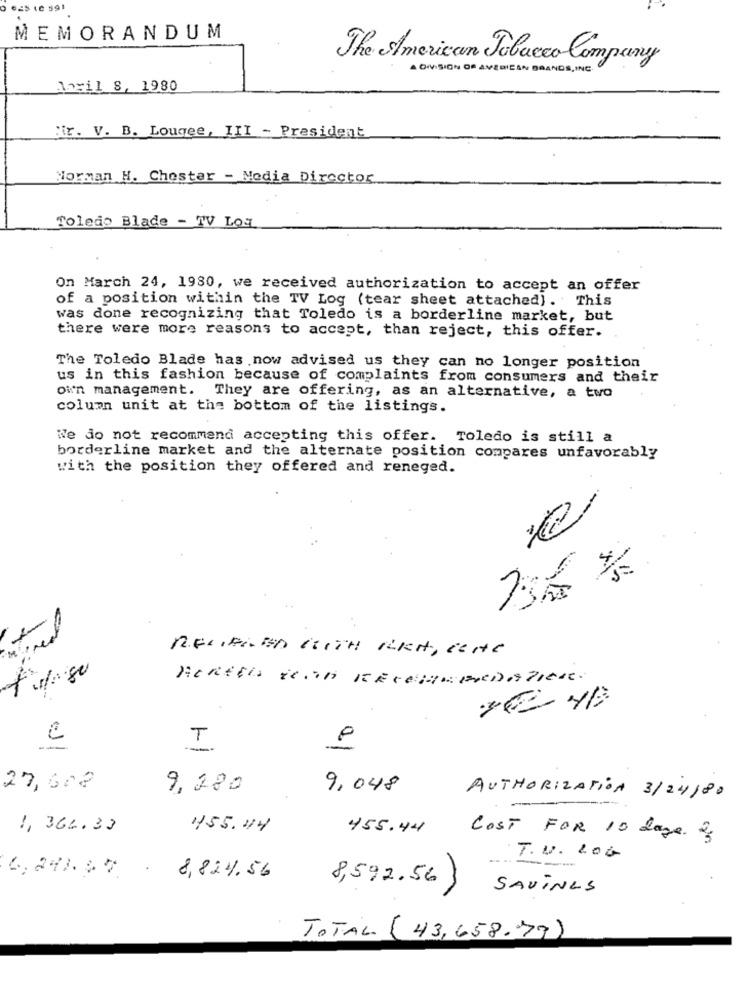
€25 10 391
MEMORANDUM
The American Tobacco Company
A DIVISION OF AVERICAN BRANDS, INC.
Angil S, 1980
"ir. V. B. Lougee, III - President
Norman H. Chester - Media Director
Toledo Blade - TV Loq
On March 24, 1980, we received authorization to accept an offer
of a position within the TV Log (tear sheet attached). This
was done recognizing that Toledo is a borderline market, but
there were more reasons to accept, than reject, this offer.
The Toledo Blade has now advised us they can no longer position
us in this fashion because of complaints from consumers and their
own management. They are offering, as an alternative, a two
column unit at the bottom of the listings.
We do not recommend accepting this offer. Toledo is still a
borderline market and the alternate position compares unfavorably
with the position they offered and reneged.
RELIEMED CUITH REA, CONC
Hertels te'in RECOMMERDATIER.
T
27,602
9,280
9,048
AUTHORIZATION 3/24/80
1, 366.33
455.44
455.44
COST FOR 10 days of
T. V. 20G
8,824.56
8,592.56 }
SAVINGS
TOTAL (43,658.79)